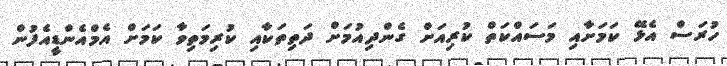
ހުރަސް އެޅޭ ކަމަށާއި މަސައްކަތް ކުރިއަށް ގެންދިއުމަށް ދަތިތަކާއި ކުރިމަތިވާ ކަމަށް އެމްއެންޑީއެފުން